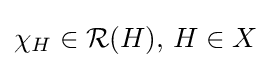
\chi _{H}\in {\mathcal {R}}(H),\,H\in X